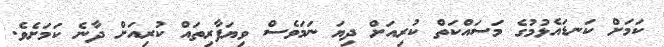
ކަމަށް ކަނޑައެޅުމުގެ މަސައްކަތް ކުރިއަށް ދިޔަ ނަމަވެސް ވިޔަފާރިތައް ކުރިއަށް ދާނެ ކަމަށެވެ.